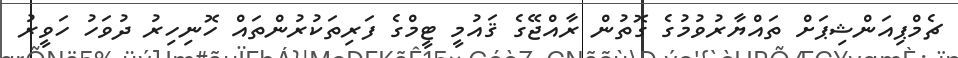
ޗެމްޕިއަންޝިޕަށް ތައްޔާރުވުމުގެ ގޮތުން ރާއްޖޭގެ ޤައުމީ ޓީމްގެ ފަރިތަކުރުންތައް ހޮނިހިރު ދުވަހު ހަވީރު